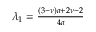
\begin{array} { r } { \lambda _ { 1 } = \frac { ( 3 - \nu ) a + 2 \nu - 2 } { 4 a } } \end{array}